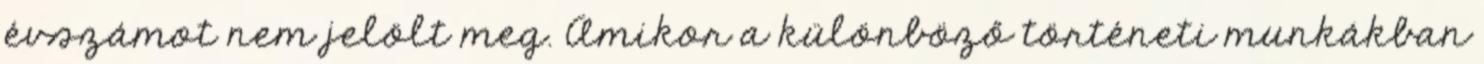
évszámot nem jelölt meg. Amikor a különböző történeti munkákban